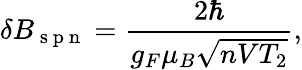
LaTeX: \delta B_{\mathrm{~s~p~n~}}=\frac{2\hbar}{g_{F}\mu_{B}\sqrt{nVT_{2}}},